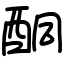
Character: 酮